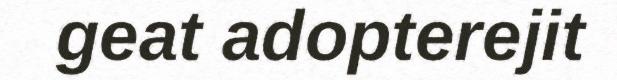
geat adopterejit